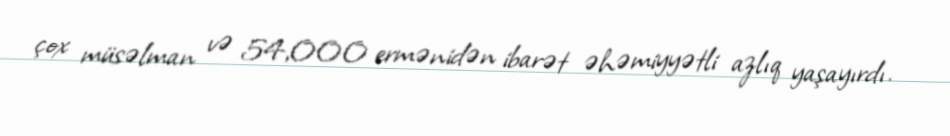
çox müsəlman və 54,000 ermənidən ibarət əhəmiyyətli azlıq yaşayırdı.